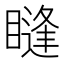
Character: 𥊒